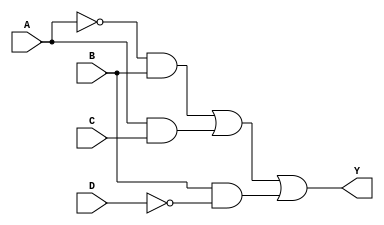
module sop_simplified (
    input wire A,   // Input A
    input wire B,   // Input B
    input wire C,   // Input C
    input wire D,   // Input D
    output wire Y   // Output Y
);

// Internal signals for product terms
wire A_not;     // NOT A
wire B_not;     // NOT B
wire D_not;     // NOT D

// Generate NOT signals
assign A_not = ~A;
assign B_not = ~B;
assign D_not = ~D;

// Define the product terms for the simplified SOP expression
wire term1;     // A'B
wire term2;     // AC
wire term3;     // BD'

// Implementing product terms using AND gates
assign term1 = A_not & B;      // A'B
assign term2 = A & C;          // AC
assign term3 = B & D_not;      // BD'

// Combine the product terms using OR gate
assign Y = term1 | term2 | term3; // Y = A'B + AC + BD'

endmodule